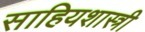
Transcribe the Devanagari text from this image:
साहियशास्त्री